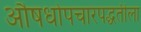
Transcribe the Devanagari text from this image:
औषधोपचारपद्धतीला